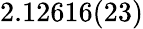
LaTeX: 2.12616(23)